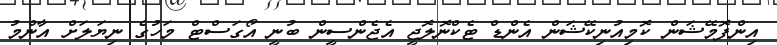
އިންފޮމޭޝަން ކޮމިއުނިކޭޝަން އެންޑް ޓެކްނޮލޮޖީ އެޖެންސީން ބުނީ އޯގަސްޓް މަހުގެ ނިޔަލަށް އާންމު